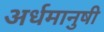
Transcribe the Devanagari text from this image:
अर्धमानुषी